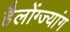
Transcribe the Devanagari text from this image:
हैलोंग्ज्यांग